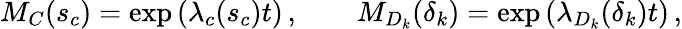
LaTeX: M_{C}(s_{c})=\exp\left(\lambda_{c}(s_{c})t\right)\, ,\qquad M_{D_{k}}(\delta_{k})=\exp\left(\lambda_{D_{k}}(\delta_{k})t\right)\, ,